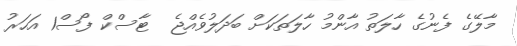
މާލޭގެ ފެނުގެ ހާލަތު އާންމު ހާލަތަކަށް ބަދަލުވެއްޖެ  ޓާސްކް ފޯސް1 އަހަރު